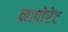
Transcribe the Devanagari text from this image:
कापोरेट